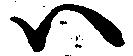
ハ